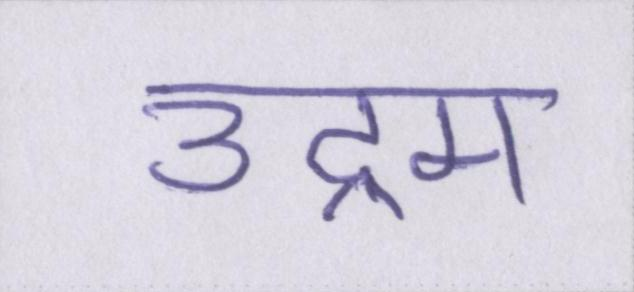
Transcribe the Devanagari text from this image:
उद्गम